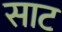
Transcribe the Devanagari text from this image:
साट